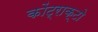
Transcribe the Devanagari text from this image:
कोंट्राक्टो